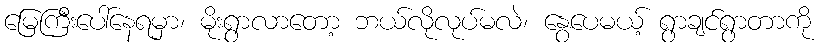
မြေကြီးပေါ်နေရမှာ၊ မိုးရွာလာတော့ ဘယ်လိုလုပ်မလဲ၊ နွေပေမယ့် ရွာချင်ရွာတာကို